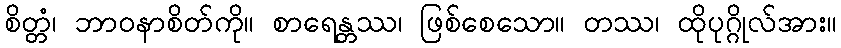
စိတ္တံ၊ ဘာဝနာစိတ်ကို။ စာရေန္တဿ၊ ဖြစ်စေသော။ တဿ၊ ထိုပုဂ္ဂိုလ်အား။